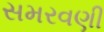
સમરવણી